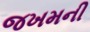
જખમની